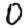
Digit: 0